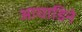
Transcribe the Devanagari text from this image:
आघाडिने